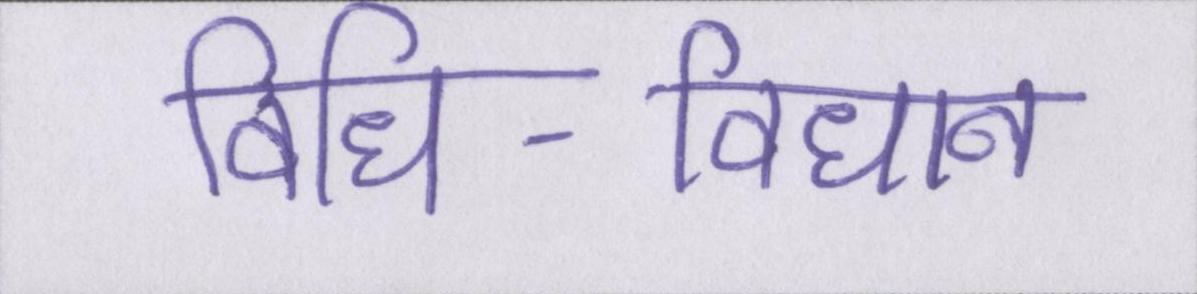
विधि-विधान